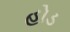
હોડ